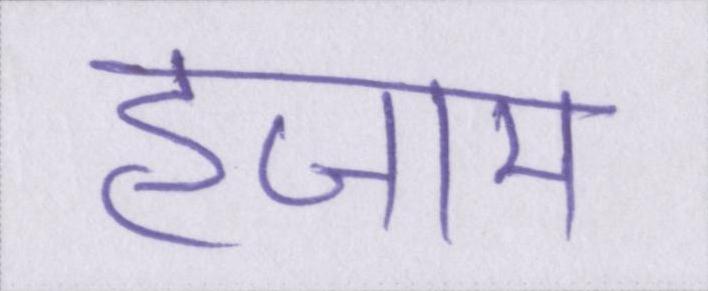
हजाम